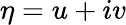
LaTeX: \eta=u+iv